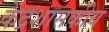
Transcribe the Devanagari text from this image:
केंद्रशासकीय